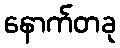
နောက်တခု